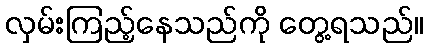
လှမ်းကြည့်နေသည်ကို တွေ့ရသည်။